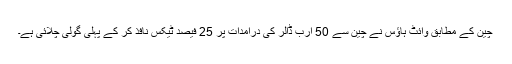
چین کے مطابق وائٹ ہاؤس نے چین سے 50 ارب ڈالر کی درآمدات پر 25 فیصد ٹیکس نافذ کر کے پہلی گولی چلائی ہے۔